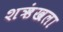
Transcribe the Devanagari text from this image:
शऋंखला